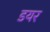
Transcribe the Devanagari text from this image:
डयर